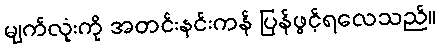
မျက်လုံးကို အတင်းနင်းကန် ပြန်ဖွင့်ရလေသည်။